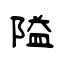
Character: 隘